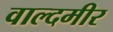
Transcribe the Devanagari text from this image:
वाल्दमीर